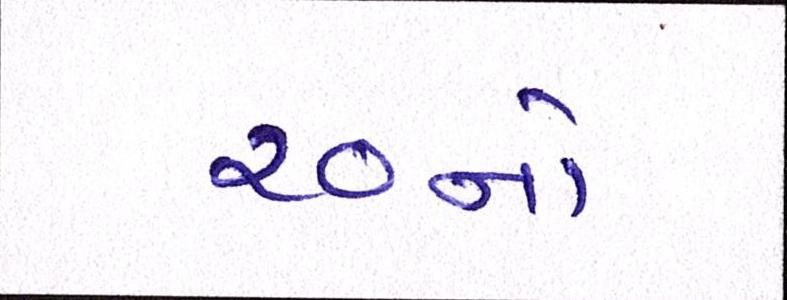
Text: ૨૦નો